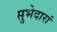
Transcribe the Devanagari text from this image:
सुभेदारां